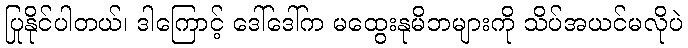
ပြုနိုင်ပါတယ်၊ ဒါကြောင့် ဒေါ်ဒေါ်က မထွေးနုမိဘများကို သိပ်အယင်မလိုပဲ